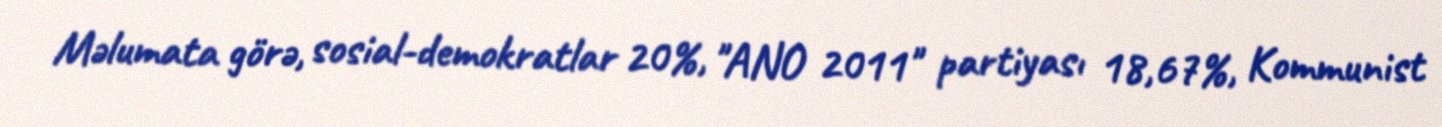
Məlumata görə, sosial-demokratlar 20%, "ANO 2011" partiyası 18,67%, Kommunist